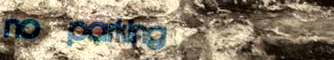
no parking